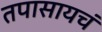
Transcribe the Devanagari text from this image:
तपासायचं